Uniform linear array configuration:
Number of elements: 4
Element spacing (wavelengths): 0.5
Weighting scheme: hamming
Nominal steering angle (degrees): -60
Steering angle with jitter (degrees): -58.106
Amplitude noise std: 0.05
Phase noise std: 0.05

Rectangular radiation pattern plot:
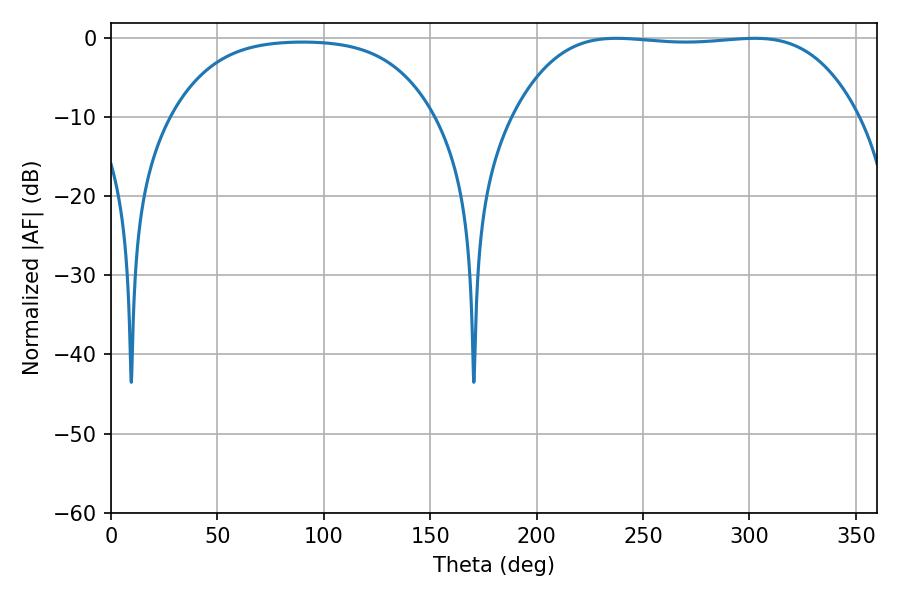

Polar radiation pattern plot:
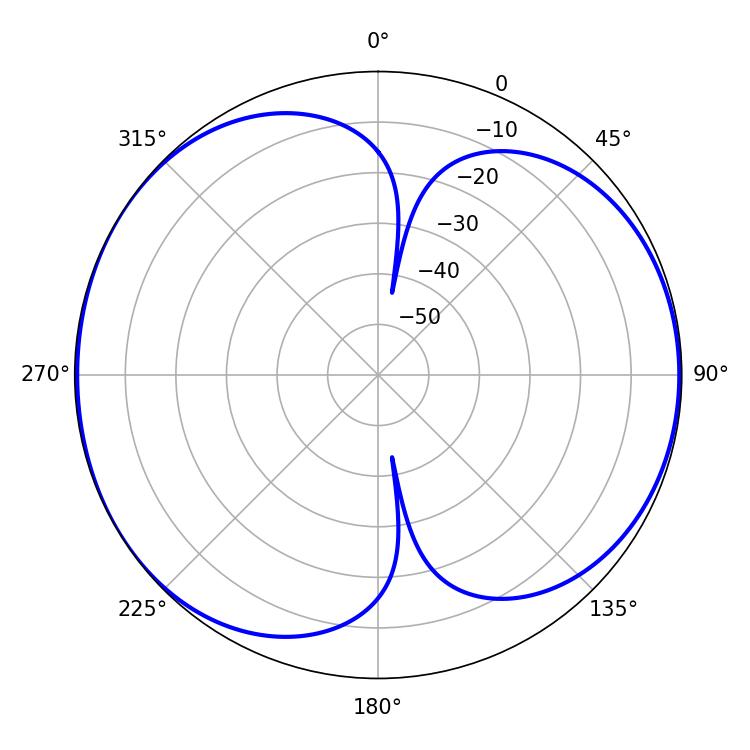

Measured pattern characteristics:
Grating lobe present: FALSE
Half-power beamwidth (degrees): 126.36
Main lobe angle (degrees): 237.42